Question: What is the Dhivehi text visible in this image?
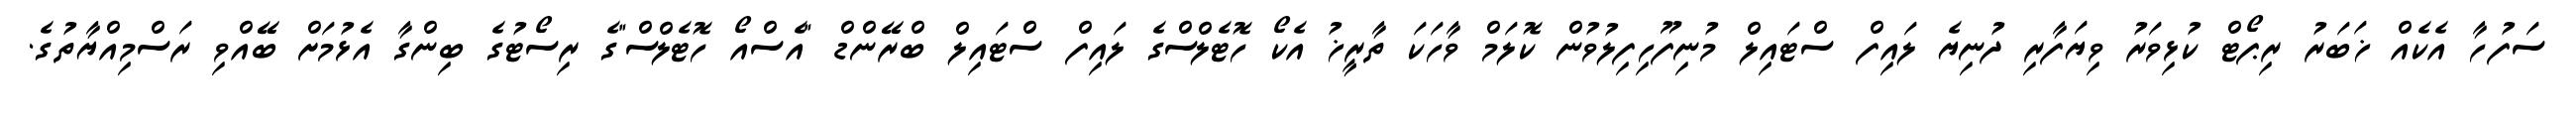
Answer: ސަފުހާ އެކެއް ޚަބަރު ރިޕޯޓް ކުޅިވަރު ވިޔަފާރި ދުނިޔެ ލައިފް ސްޓައިލް މުނިފޫހިފިލުވުން ކޮލަމް ވާހަކަ ތާރީޚު އެކޯ ހޮޓެލްސްގެ ލައިފް ސްޓައިލް ބްރޭންޑް "އެސްއޯ ހޮޓެލްސް"ގެ ރިސޯޓުގެ ބިންގާ އެޅުމަށް ބޭއްވި ރަސްމިއްޔާތުގެ.